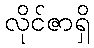
လိုင်ဇာရှိ